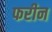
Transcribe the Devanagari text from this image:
फरीन